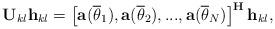
LaTeX: \begin{align*}\mathbf{U}_{kl}\mathbf{h}_{kl}=\left[\mathbf{a}(\overline{\theta}_{1}),\mathbf{a}(\overline{\theta}_{2}),...,\mathbf{a}(\overline{\theta}_{N})\right]^{\mathbf{H}}\mathbf{h}_{kl}, \end{align*}